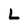
Character: L